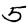
Digit: 5